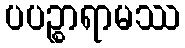
ပပဉ္စာရာမဿ